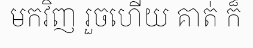
មកវិញ រួចហើយ គាត់ ក៏